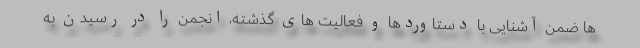
ها ضمن آشنایی با دستاوردها و فعالیت های گذشته، انجمن را در رسیدن به